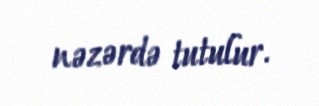
nəzərdə tutulur.